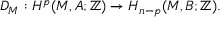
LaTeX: D _ { M } : H ^ { p } ( M , A ; \mathbb { Z } ) \to H _ { n - p } ( M , B ; \mathbb { Z } ) .